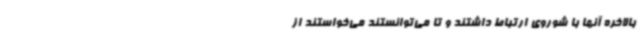
بالاخره آنها با شوروی ارتباط داشتند و تا می‌توانستند می‌خواستند از